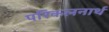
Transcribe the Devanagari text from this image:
परिकलनार्थ